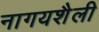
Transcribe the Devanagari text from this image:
नागयशैली